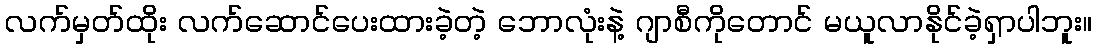
လက်မှတ်ထိုး လက်ဆောင်ပေးထားခဲ့တဲ့ ဘောလုံးနဲ့ ဂျာစီကိုတောင် မယူလာနိုင်ခဲ့ရှာပါဘူး။